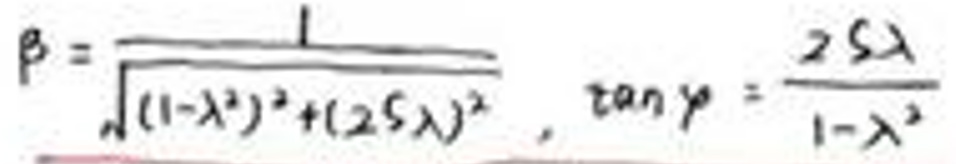
\[
\beta = \frac{1}{\sqrt{(1 - \lambda^2)^2 + (2.5\lambda)^2}}, \quad \tan\gamma = \frac{2.5\lambda}{1 - \lambda^2}
\]